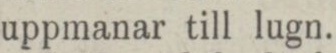
uppmanar till lugn.